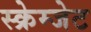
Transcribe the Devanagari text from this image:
स्क्रेम्जेट